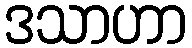
ဒသာဟာ